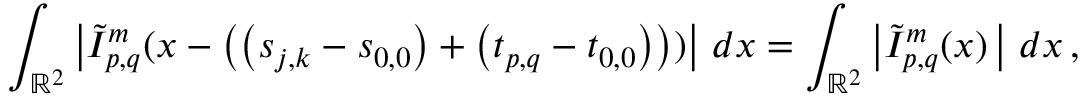
\int _ { \mathbb { R } ^ { 2 } } \left\vert \tilde { I } _ { p , q } ^ { m } ( \boldsymbol { x } - \left( \left( \boldsymbol { s } _ { j , k } - \boldsymbol { s } _ { 0 , 0 } \right) + \left( \boldsymbol { t } _ { p , q } - \boldsymbol { t } _ { 0 , 0 } \right) \right) ) \right\vert \, d \boldsymbol { x } = \int _ { \mathbb { R } ^ { 2 } } \left\vert \tilde { I } _ { p , q } ^ { m } ( \boldsymbol { x } ) \, \right\vert \, d \boldsymbol { x } \, ,